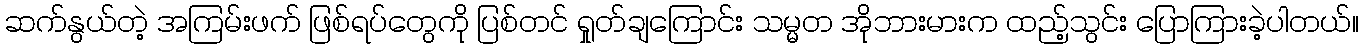
ဆက်နွယ်တဲ့ အကြမ်းဖက် ဖြစ်ရပ်တွေကို ပြစ်တင် ရှုတ်ချကြောင်း သမ္မတ အိုဘားမားက ထည့်သွင်း ပြောကြားခဲ့ပါတယ်။